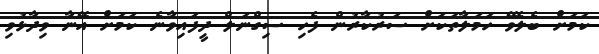
ކަމަށް ބެލެވޭ ހަމަލާތަކަށް ސަރުކާރުން ފެހި ސިގްނަލް ދީފައިވާނެ ކަމަށް އޭނާ ވިދާޅުވި